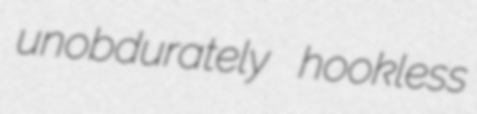
unobdurately hookless